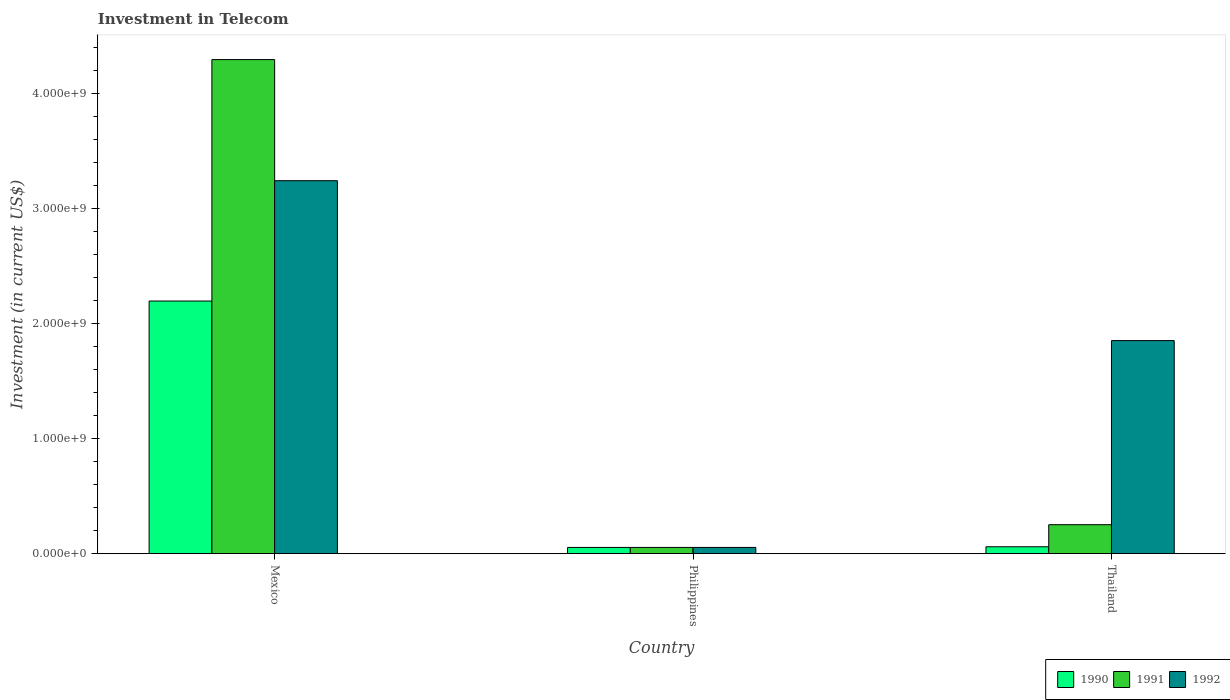
| Country | 1990 | 1991 | 1992 |
 | --- | --- | --- | --- |
 | Mexico | 2.2e+09 | 4.3e+09 | 3.24e+09 |
 | Philippines | 5.42e+07 | 5.42e+07 | 5.42e+07 |
 | Thailand | 6e+07 | 2.52e+08 | 1.85e+09 |